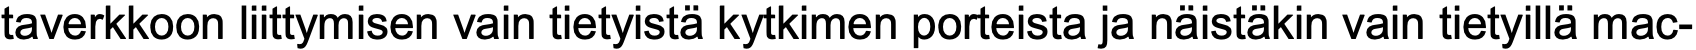
taverkkoon liittymisen vain tietyistä kytkimen porteista ja näistäkin vain tietyillä mac-